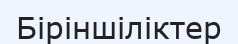
Біріншіліктер